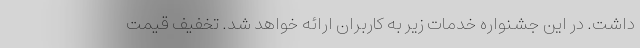
داشت. در این جشنواره خدمات زیر به کاربران ارائه خواهد شد. تخفیف قیمت